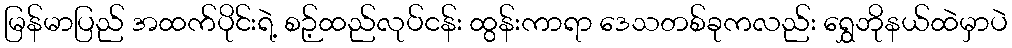
မြန်မာပြည် အထက်ပိုင်းရဲ့ စဉ့်ထည်လုပ်ငန်း ထွန်းကာရာ ဒေသတစ်ခုကလည်း ရွှေဘိုနယ်ထဲမှာပဲ